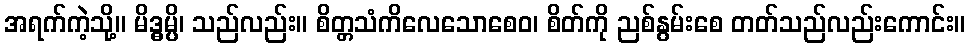
အရက်ကဲ့သို့။ မိဒ္ဓမ္ပိ၊ သည်လည်း။ စိတ္တသံကိလေသောစေဝ၊ စိတ်ကို ညစ်နွမ်းစေ တတ်သည်လည်းကောင်း။